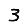
Digit: 3